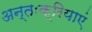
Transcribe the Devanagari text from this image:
अन्तःक्रियाएं